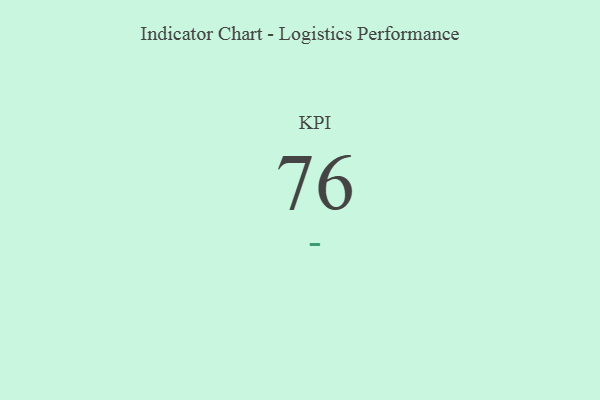
{"axis": {"x": "KPI", "y": "Value"}, "legend": [""], "data": [{"x": "KPI", "y": 76, "type": ""}]}